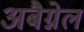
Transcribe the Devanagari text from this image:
अबैग्नेल